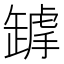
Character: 𦉋